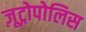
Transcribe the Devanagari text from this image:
ज़ूट्रोपोलिस